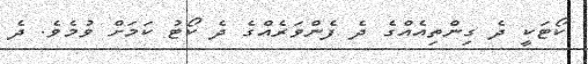
ކޯޓަކީ ދެ ގިންތިއެއްގެ ދެ ފެންވަރެއްގެ ދެ ކޯޓު ކަމަށް ވުމެވެ. ދެ